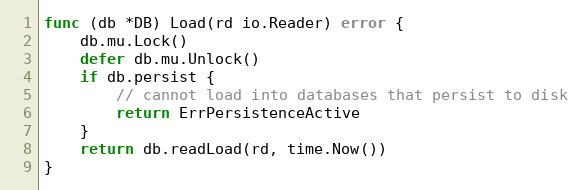
Language: Go
func (db *DB) Load(rd io.Reader) error {
	db.mu.Lock()
	defer db.mu.Unlock()
	if db.persist {
		// cannot load into databases that persist to disk
		return ErrPersistenceActive
	}
	return db.readLoad(rd, time.Now())
}